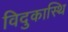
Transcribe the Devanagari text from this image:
विदुकास्थि